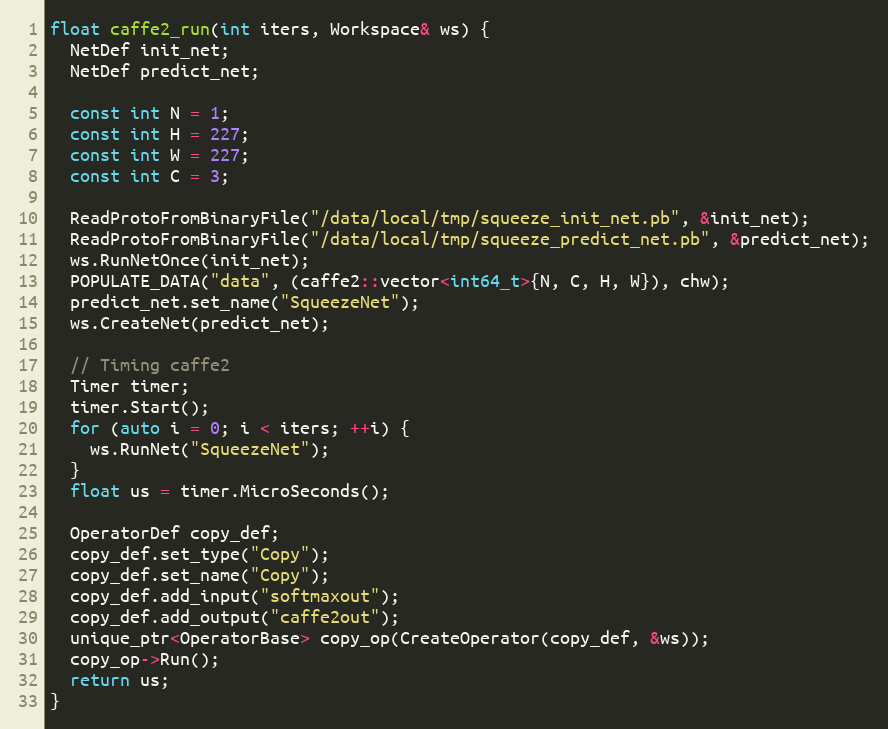
Language: C++
float caffe2_run(int iters, Workspace& ws) {
  NetDef init_net;
  NetDef predict_net;

  const int N = 1;
  const int H = 227;
  const int W = 227;
  const int C = 3;

  ReadProtoFromBinaryFile("/data/local/tmp/squeeze_init_net.pb", &init_net);
  ReadProtoFromBinaryFile("/data/local/tmp/squeeze_predict_net.pb", &predict_net);
  ws.RunNetOnce(init_net);
  POPULATE_DATA("data", (caffe2::vector<int64_t>{N, C, H, W}), chw);
  predict_net.set_name("SqueezeNet");
  ws.CreateNet(predict_net);

  // Timing caffe2
  Timer timer;
  timer.Start();
  for (auto i = 0; i < iters; ++i) {
    ws.RunNet("SqueezeNet");
  }
  float us = timer.MicroSeconds();

  OperatorDef copy_def;
  copy_def.set_type("Copy");
  copy_def.set_name("Copy");
  copy_def.add_input("softmaxout");
  copy_def.add_output("caffe2out");
  unique_ptr<OperatorBase> copy_op(CreateOperator(copy_def, &ws));
  copy_op->Run();
  return us;
}